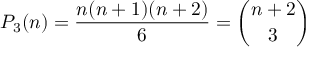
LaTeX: P _ { 3 } ( n ) = { \frac { n ( n + 1 ) ( n + 2 ) } { 6 } } = { \binom { n + 2 } { 3 } }